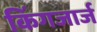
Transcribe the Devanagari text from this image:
किंगजार्ज